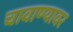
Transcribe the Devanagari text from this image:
चावाण्यावर